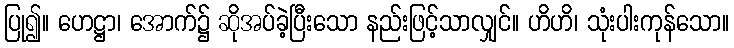
ပြု၍။ ဟေဋ္ဌာ၊ အောက်၌ ဆိုအပ်ခဲ့ပြီးသော နည်းဖြင့်သာလျှင်။ ဟိဟိ၊ သုံးပါးကုန်သော။